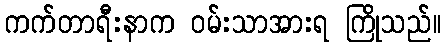
ကက်တာရီးနာက ဝမ်းသာအားရ ကြိုသည်။